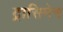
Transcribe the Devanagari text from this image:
ट्रासिमेन